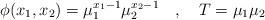
LaTeX: \begin{align*}\phi(x_{1},x_{2})=\mu_{1}^{x_{1}-1} \mu_{2}^{x_{2}-1}\quad ,\quad T=\mu_{1} \mu_{2}\end{align*}